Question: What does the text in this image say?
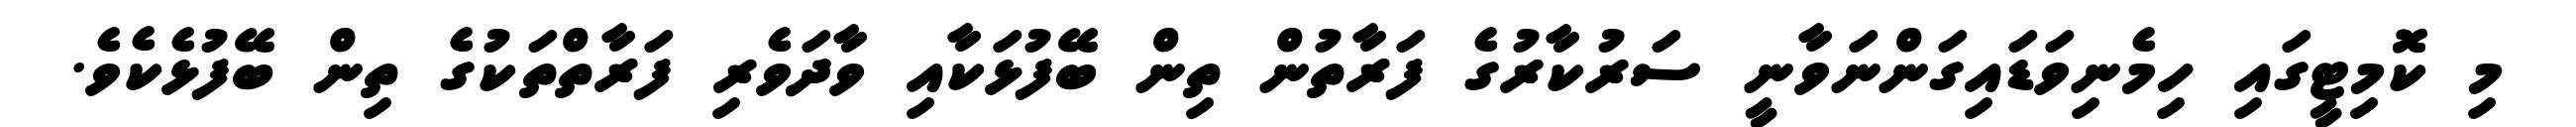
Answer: މި ކޮމިޓީގައި ހިމެނިވަޑައިގަންނަވާނީ ސަރުކާރުގެ ފަރާތުން ތިން ބޭފުޅަކާއި ވާދަވެރި ފަރާތްތަކުގެ ތިން ބޭފުޅެކެވެ.